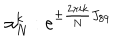
LaTeX: \alpha _ { N } ^ { k } : e ^ { \pm { \frac { 2 \pi i k } { N } } J _ { 8 9 } }